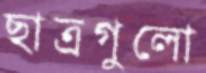
ছাত্রগুলো